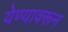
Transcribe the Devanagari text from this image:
येण्यावरून